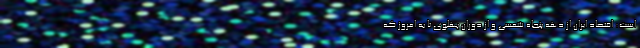
است: اقتصاد ایران از دهه پنجاه شمسی و از دوران پهلوی تا به امروز که